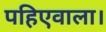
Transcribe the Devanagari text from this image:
पहिएवाला।